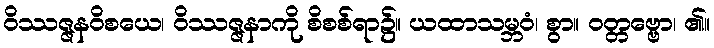
ဝိဿဇ္ဇနဝိစယေ၊ ဝိဿဇ္ဇနာကို စိစစ်ရာ၌။ ယထာသမ္ဘဝံ၊ စွာ။ ဝတ္တဗ္ဗော၊ ၏။